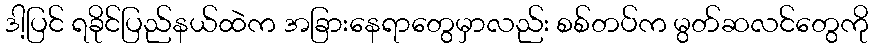
ဒါ့ပြင် ရခိုင်ပြည်နယ်ထဲက အခြားနေရာတွေမှာလည်း စစ်တပ်က မွတ်ဆလင်တွေကို